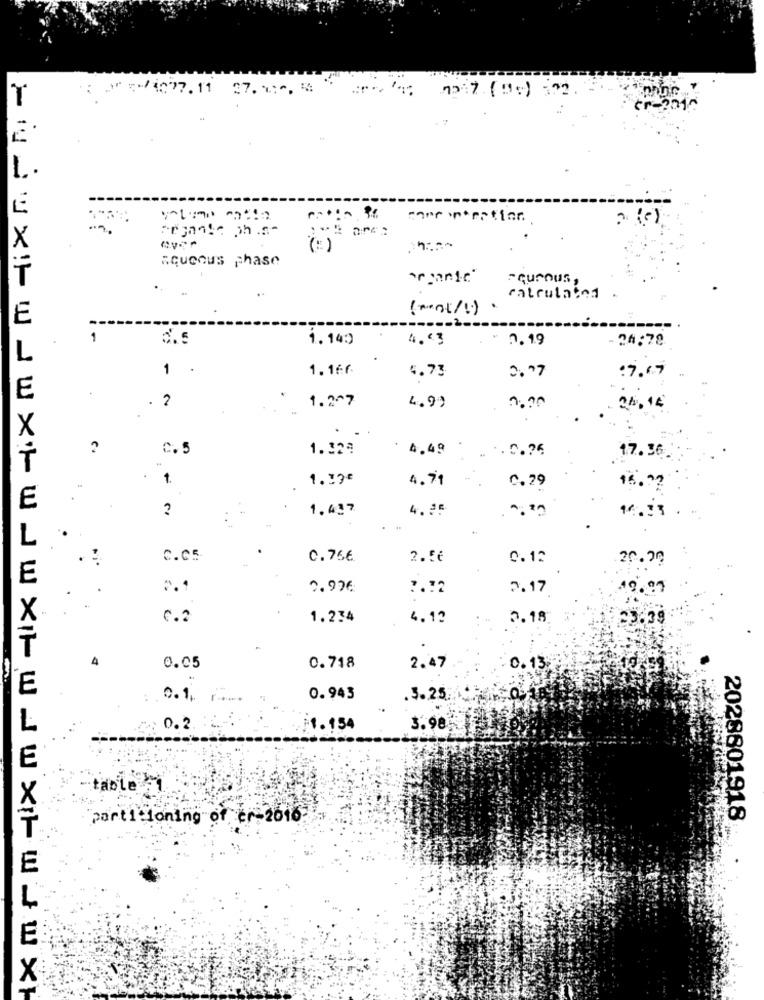
5/1027. 11
27.1:0 4
70 7 (95) :22
cr-2010
come intention
Aqueous phase
organic"
-queous,
calculated
E
1
1.14:)
4.63
2.19
24:78
L
1 .
1.16f
4.73
:7,67
0.77
E
2
1.207
4.99
0.00
24.14
X
2
C.5
1.324
' 4.49
.. 0.26
17.36
T
1.19€
4.71
16
0.29
E
1.437
4.25
16.33
L
c.c.
C.766
2.5€
0.12
20.20
E
2.1
2.97€
7.72
2.17
19. 99
X
G.2
1.234
4.12
2.18
23.39
4
0.05
0.718
2.47
0.13
E
0.943
.3.25
L
: 0.2.
1. 154
3.98
E
"table
partitioning of cr 2016
2028801918
E
L
F